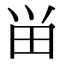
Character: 畄